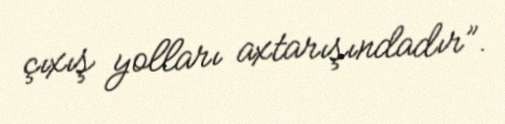
çıxış yolları axtarışındadır”.